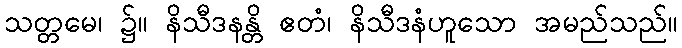
သတ္တမေ၊ ၌။ နိသီဒနန္တိ ဧတံ၊ နိသီဒနံဟူသော အမည်သည်။